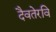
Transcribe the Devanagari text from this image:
दैवतेरवि